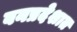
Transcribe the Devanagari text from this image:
वनप्रदेशात